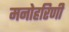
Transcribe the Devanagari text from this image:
मनोहरिणी